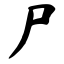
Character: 尸